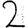
Digit: 2